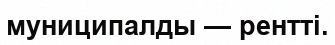
муниципалды — рентті.